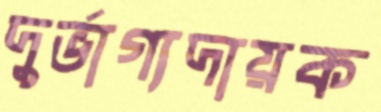
দুর্ভাগ্যদায়ক